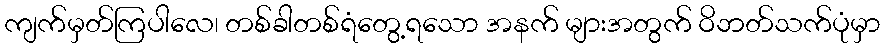
ကျက်မှတ်ကြပါလေ၊ တစ်ခါတစ်ရံတွေ့ရသော အနက် များအတွက် ဝိဘတ်သက်ပုံမှာ